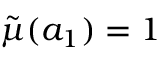
\tilde { \mu } ( a _ { 1 } ) = 1